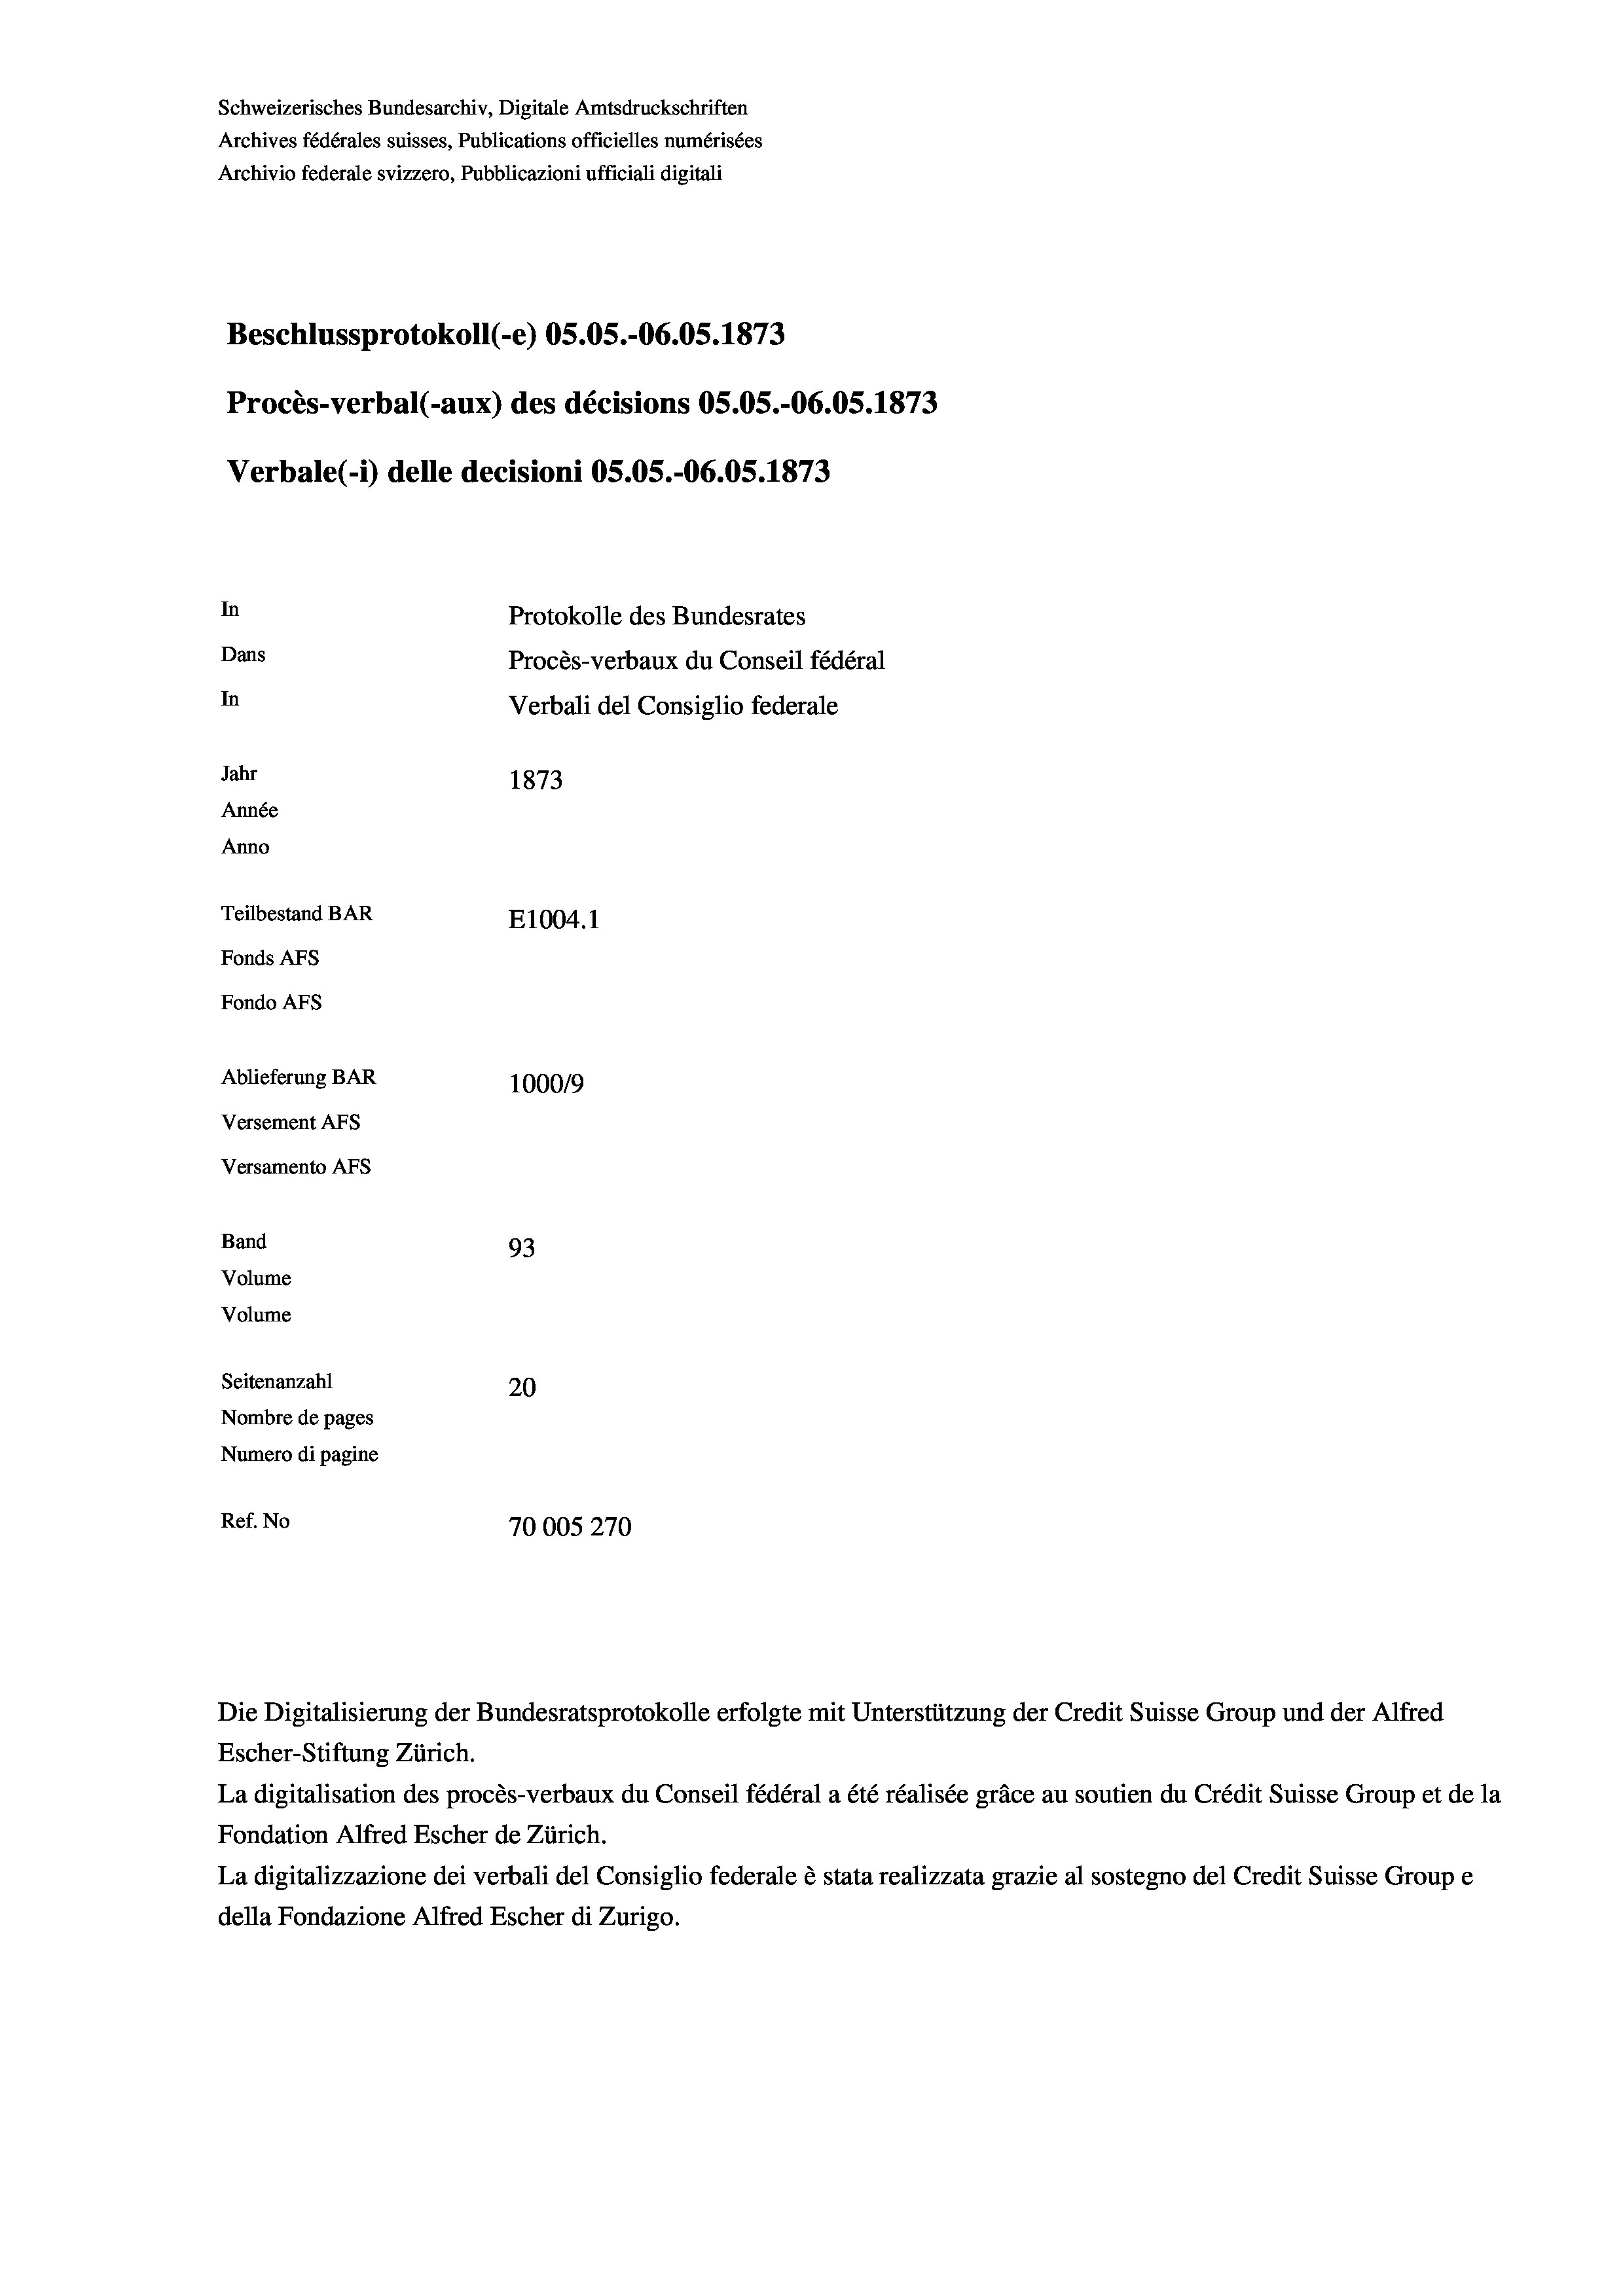
Schweizerisches Bundesarchiv, Digitale Amtsdruckschriften
Archives fédérales suisses, Publications officielles numérisées
Archivio federale svizzero, Pubblicazioni ufficiali digitali
Beschlussprotokoll (-e) OS.05.-O6.05. 1873
Procès-verbal (-aux) des décisions OS.05.-O6.05. 1873
Verbale (1) delle decisioni OS.OS.-06.05. 1873
In
Protokolle des Bundesrates
Dans
Procès-verbaux du Conseil fédéral
In
Verbali del Consiglio federale
Jahr
1873
Année
Anno
Teilbestand BAR
E1004. 1
Fonds AFs
Fondo Afs
Ablieferung BAR
100019
Versement AFs
Versamento AFs
Band
93
Volume
Volume
Seitenanzahl
20
Nombre de pages
Numero di pagine
Ref. No
70005270

Escher-Stiftung Zürich.
La digitalisation des procès-verbaux du Conseil fédéral a été réalisée gräce au soutien du Crédit Suisse Group et de la
Fondation Alfred Escher de Zürich.
La digitalizzazione dei verbali del Consiglio federale è stata realizzata grazie al sostegno del Credit Suisse Groupe
della Fondazione Alfred Escher di Zurigo.

Die Digitalisierung der Bundesratsprotokolle erfolgte mit Unterstützung der Credit Suisse Group und der Alfred